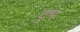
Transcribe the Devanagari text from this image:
टुप